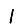
Digit: 1